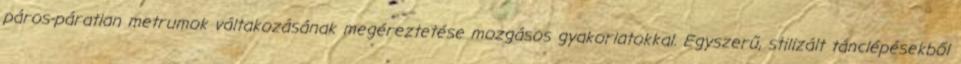
páros-páratlan metrumok váltakozásának megéreztetése mozgásos gyakorlatokkal. Egyszerű, stilizált tánclépésekből